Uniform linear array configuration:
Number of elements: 16
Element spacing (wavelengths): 0.5
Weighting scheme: cosine
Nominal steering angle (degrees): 30
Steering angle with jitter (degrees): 29.836
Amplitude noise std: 0.05
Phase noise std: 0.05

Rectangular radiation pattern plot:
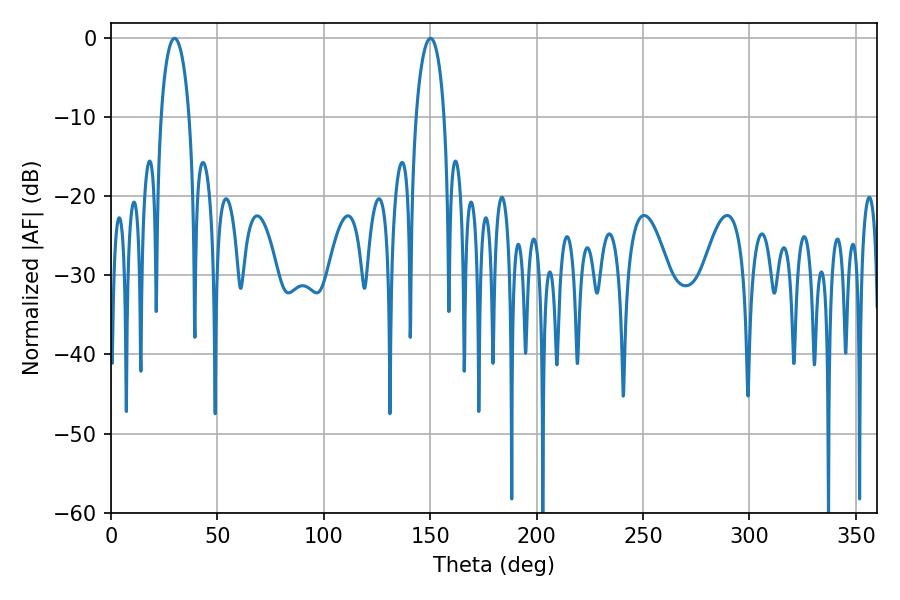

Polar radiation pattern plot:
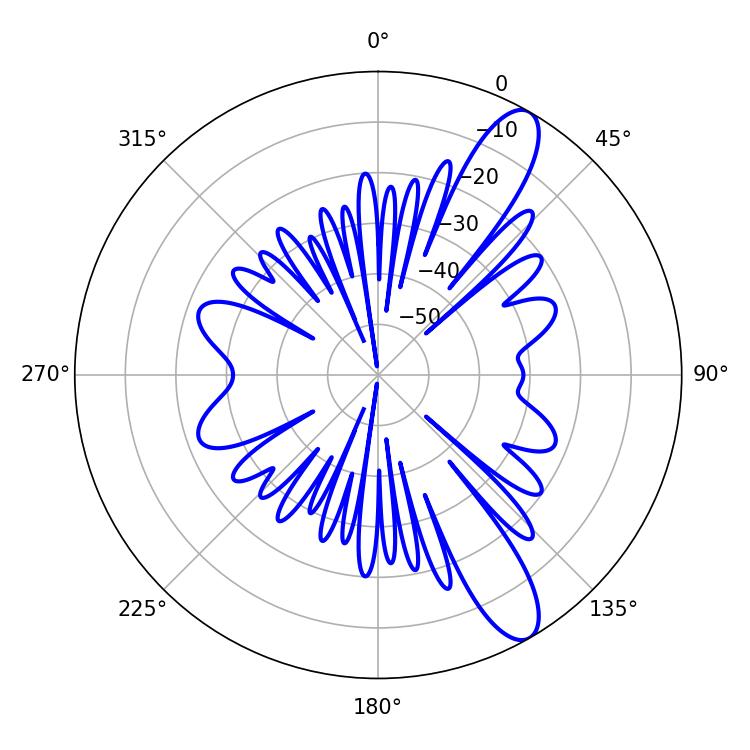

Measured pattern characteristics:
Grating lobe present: FALSE
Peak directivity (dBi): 11.466
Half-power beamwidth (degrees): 7.56
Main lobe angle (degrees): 29.88